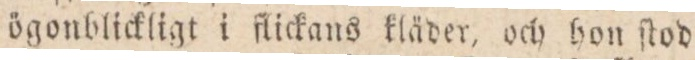
ögonblickligt i flickans kläder, och hon ſtod